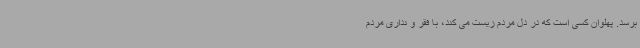
برسد. پهلوان کسی است که در دل مردم زیست می کند، با فقر و نداری مردم